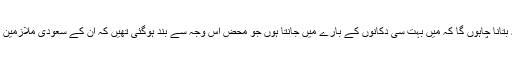
میں جناب الدوسری کو یہ بتانا چاہوں گا کہ میں بہت سی دکانوں کے بارے میں جانتا ہوں جو محض اس وجہ سے بند ہوگئی تھیں کہ ان کے سعودی ملازمین کام پر آتے ہی نہیں تھے۔